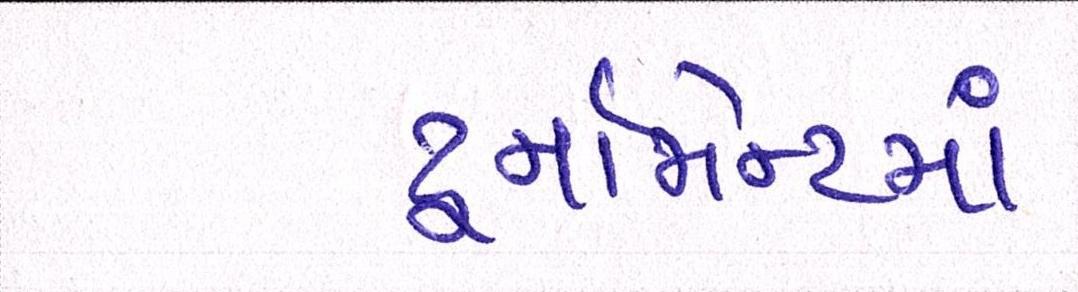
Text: ટૂર્નામેન્ટમાં